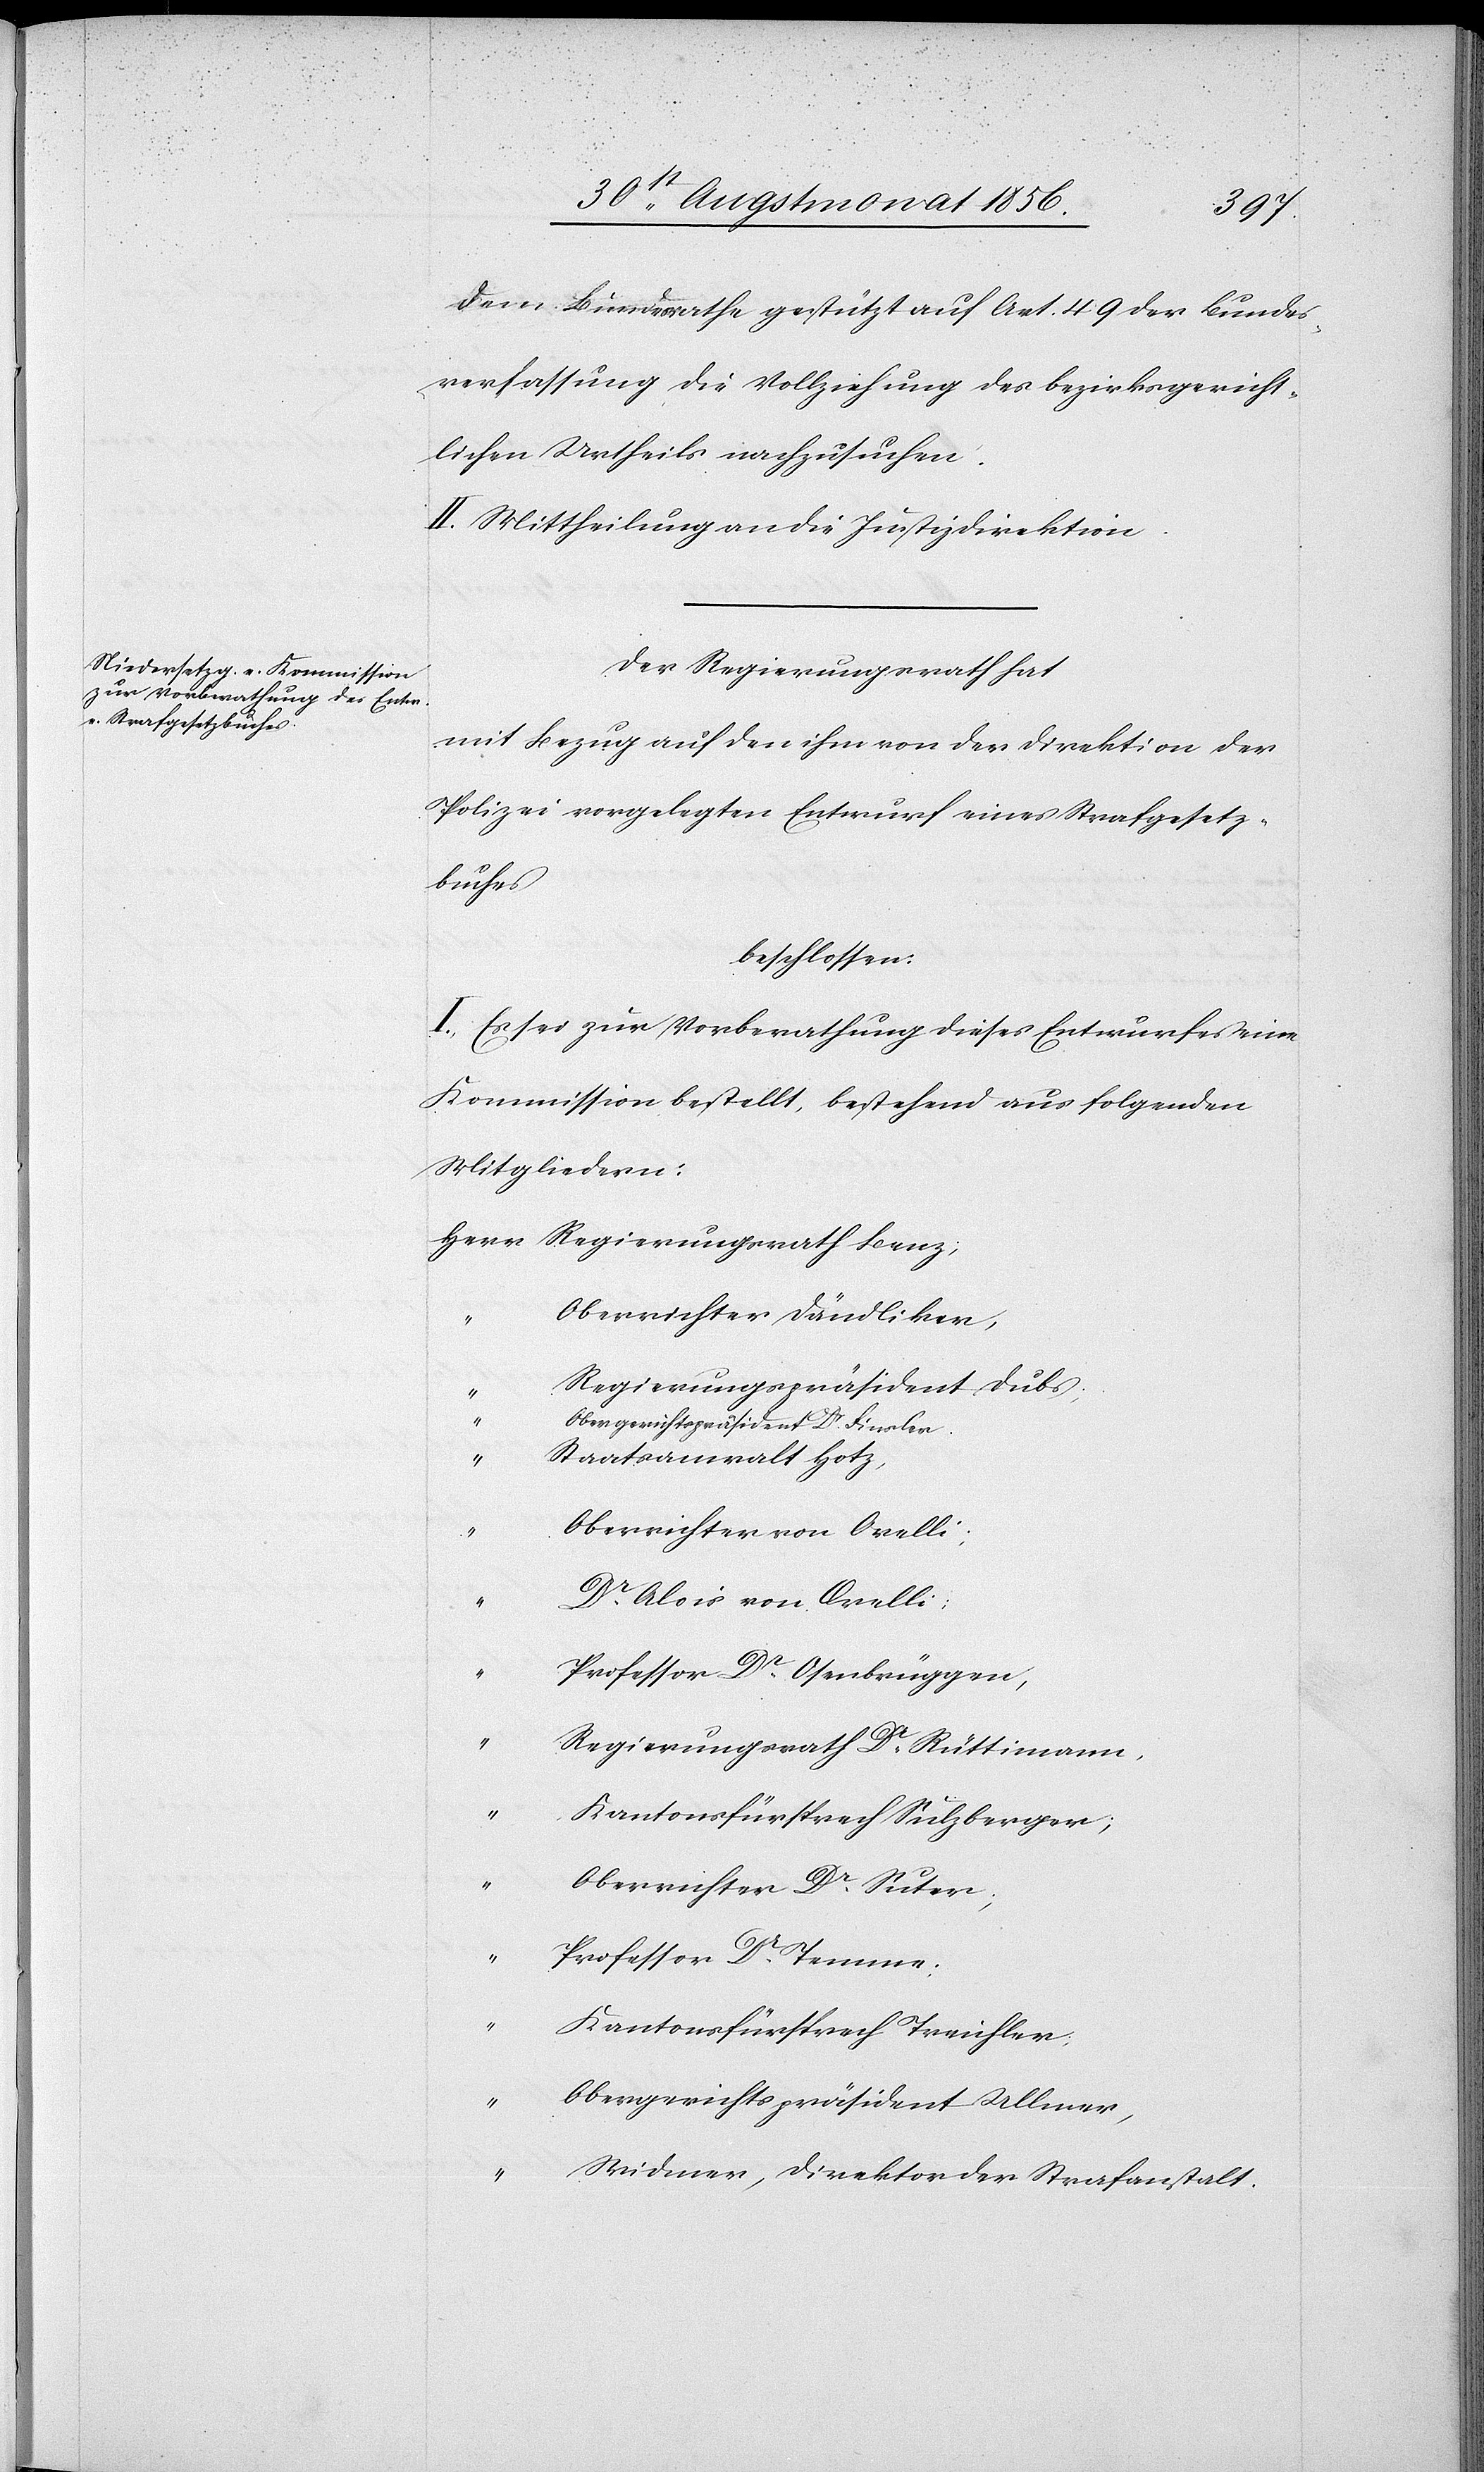
dem Bundesrathe gestützt auf Art. 49 der Bundes¬
verfassung die Vollziehung des bezirksgericht¬
lichen Urtheils nachzusuchen.
II. Mittheilung an die Justizdirektion.
Der Regierungsrath hat
mit Bezug auf den ihm von der Direktion der
Polizei vorgelegten Entwurf eines Strafgesetz¬
buches
beschlossen:
I.) Es sei zur Vorberathung dieses Entwurfes eine
Kommission bestellt, bestehend aus folgenden
Mitgliedern:
Herr Regierungsrath Benz;
Oberrichter Dändliker,
Regierungspräsident Dubs;
Obergerichtspräsident Dr Finsler.
Staatsanwalt Hotz,
Oberrichter von Orelli;
Dr Alois von Orelli;
Professor Dr Osenbrüggen,
Regierungsrath Dr Rüttimann,
Kantonsfürsprech Sulzberger;
Oberrichter Dr Suter;
Professor Dr Tenner;
Kantonsfürsprech Treichler;
Obergerichtspräsident Ullmer,
Widmer, Direktor der Strafanstalt.